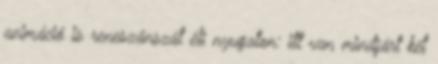
animáció is reneszánszát éli nyugaton: itt van mindjárt két